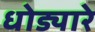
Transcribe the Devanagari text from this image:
धोड्यारे